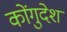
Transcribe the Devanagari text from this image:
कोंगुदेश